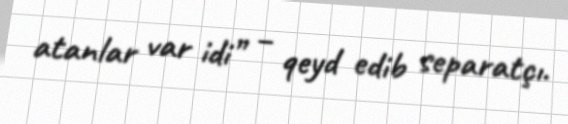
atanlar var idi” – qeyd edib separatçı.